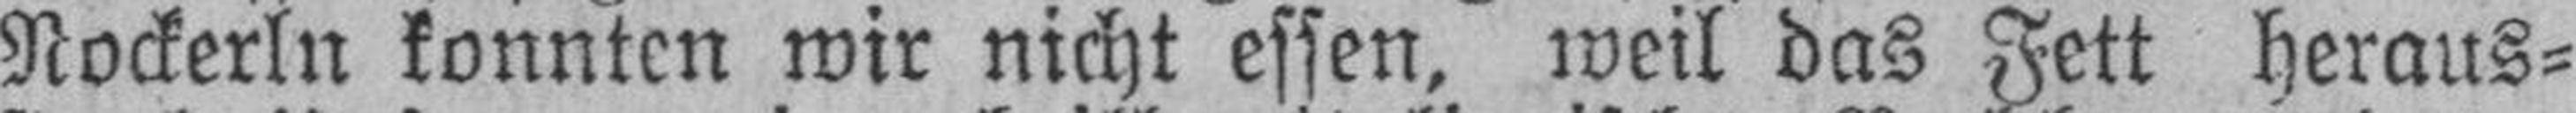
Nockerln konnten wir nicht essen, weil das Fett heraus¬